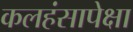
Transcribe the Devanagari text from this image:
कलहंसापेक्षा